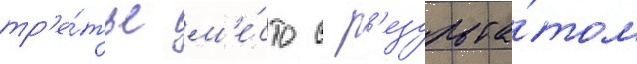
тр'е́тье м'е́сто с р'езульта́том